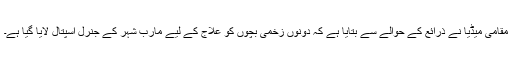
مقامی میڈیا نے ذرائع کے حوالے سے بتایا ہے کہ دونوں زخمی بچوں کو علاج کے لیے مارب شہر کے جنرل اسپتال لایا گیا ہے۔